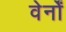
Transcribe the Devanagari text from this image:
वेर्नों